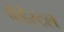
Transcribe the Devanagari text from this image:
पेडेस्टल